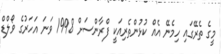
މީގެ ތެރޭގައި ހިމެނޭ އެއް ކުޅުންތެރިއަކީ ފްރާންސަށް 1998 ވަނަ އަހަރުގެ ވޯލްޑް